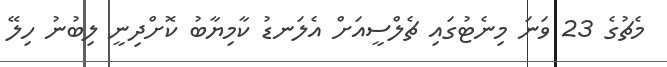
މެޗުގެ 23 ވަނަ މިނެޓުގައި ޗެލްސީއަށް އެލަނޑު ކާމިޔާބު ކޮށްދިނީ ލިބުނު ހިލޭ